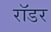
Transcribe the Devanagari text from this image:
रॉडर